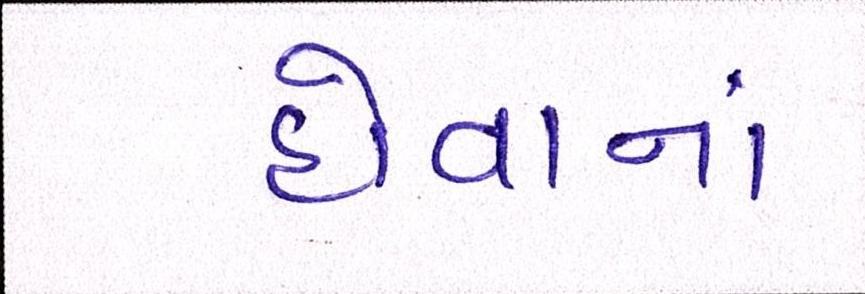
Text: હોવાનાં